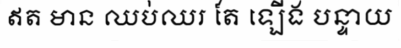
ឥត មាន ឈប់ឈរ តែ ឡើង បន្ទាយ